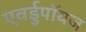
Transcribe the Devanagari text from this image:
एवर्डुपॉयज